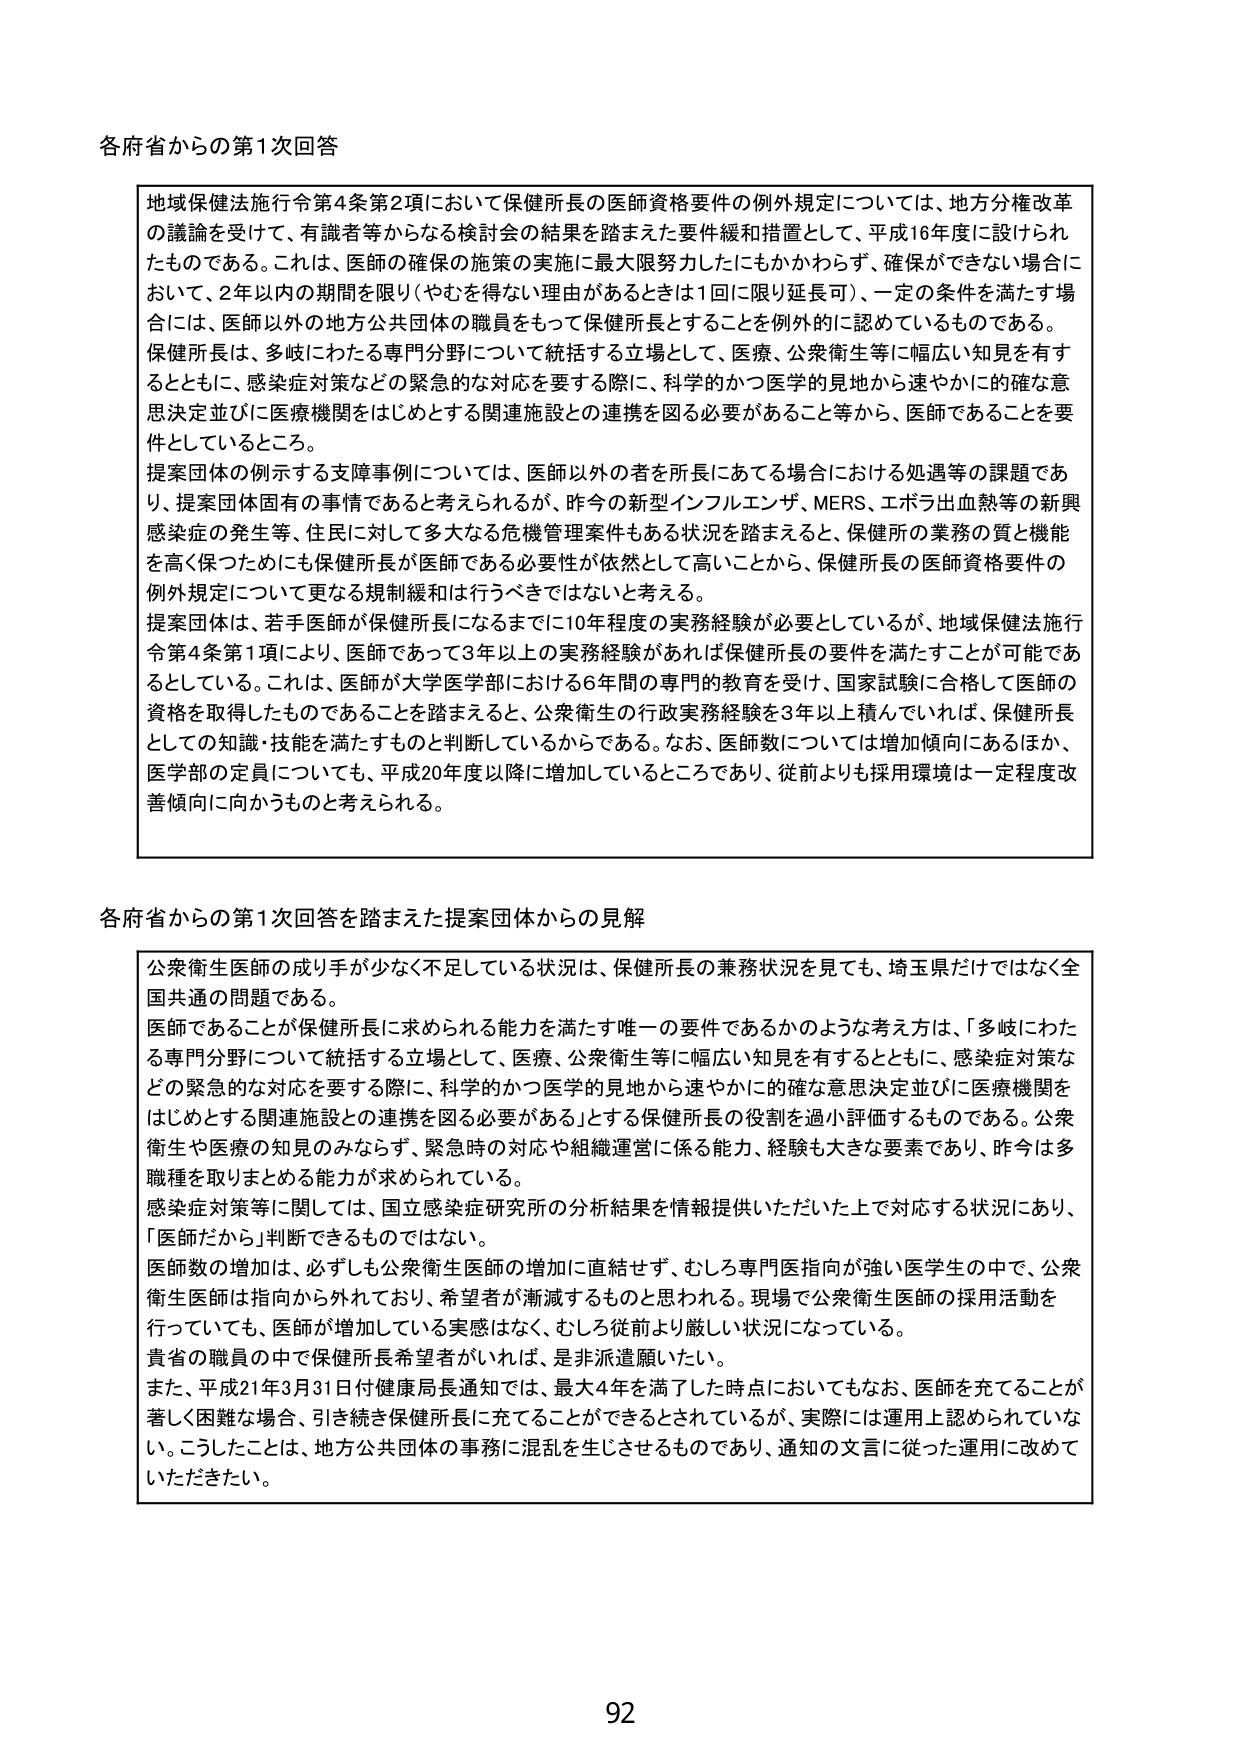
各府省からの第1次回答

地域保健法施行令第4条第2項において保健所長の医師資格要件の例外規定については、地方分権改革の議論を受けて、有識者等からなる検討会の結果を踏まえた要件緩和措置として、平成16年度に設けられたものである。これは、医師の確保の施策の実施に最大限努力したにもかかわらず、確保ができない場合において、2年以内の期間を限り（やむを得ない理由があるときは1回に限り延長可）、一定の条件を満たす場合には、医師以外の地方公共団体の職員をもって保健所長とすることを例外的に認めているものである。保健所長は、多岐にわたる専門分野について統括する立場として、医療、公衆衛生等に幅広い知見を有するとともに、感染症対策などの緊急的な対応を要する際に、科学的かつ医学的見地から速やかに的確な意思決定並びに医療機関をはじめとする関連施設との連携を図る必要があること等から、医師であることを要件としているところ。

提案団体の例示する支援事例については、医師以外の者を所長にあてる場合における処遇等の課題であり、提案団体固有の事情であると考えられるが、昨今の新型インフルエンザ、MERS、エボラ出血熱等の新興感染症の発生等、住民に対して多大なる危機管理案件もある状況を踏まえると、保健所の業務の質と機能を高く保つためにも保健所長が医師である必要性が依然として高いことから、保健所長の医師資格要件の例外規定について更なる規制緩和は行うべきではないと考える。

提案団体は、若手医師が保健所長になるまでに10年程度の実務経験が必要としているが、地域保健法施行令第4条第1項により、医師であって3年以上の実務経験があれば保健所長の要件を満たすことが可能であるとしている。これは、医師が大学医学部における6年間の専門的教育を受け、国家試験に合格して医師の資格を取得したものであることを踏まえると、公衆衛生の行政実務経験を3年以上積んでいれば、保健所長としての知識・技能を満たすものと判断しているからである。なお、医師数については増加傾向にあるほか、医学部の定員についても、平成20年度以降に増加しているところであり、従前よりも採用環境は一定程度改善傾向に向かうものと考えられる。

各府省からの第1次回答を踏まえた提案団体からの見解

公衆衛生医師の成り手が少なく不足している状況は、保健所長の兼務状況を見ても、埼玉県だけではなく全国共通の問題である。

医師であることが保健所長に求められる能力を満たす唯一の要件であるかのような考え方は、「多岐にわたる専門分野について統括する立場として、医療、公衆衛生等に幅広い知見を有するとともに、感染症対策などの緊急的な対応を要する際に、科学的かつ医学的見地から速やかに的確な意思決定並びに医療機関をはじめとする関連施設との連携を図る必要がある」とする保健所長の役割を過小評価するものである。公衆衛生や医療の知見のみならず、緊急時の対応や組織運営に係る能力、経験も大きな要素であり、昨今は多職種を取りまとめる能力が求められている。

感染症対策等に関しては、国立感染症研究所の分析結果を情報提供いただいた上で対応する状況にあり、「医師だから」判断できるものではない。

医師数の増加は、必ずしも公衆衛生医師の増加に直結せず、むしろ専門医指向が強い医学生の中で、公衆衛生医師は指向から外れており、希望者が漸減するものと思われる。現場で公衆衛生医師の採用活動を行っていても、医師が増加している実感はなく、むしろ従前より厳しい状況になっている。

貴省の職員の中で保健所長希望者がいれば、是非派遣願いたい。

また、平成21年3月31日付健康局長通知では、最大4年を満了した時点においてもなお、医師を充てることが著しく困難な場合、引き続き保健所長に充てることができるとはされているが、実際には運用上認められていない。こうしたことは、地方公共団体の事務に混乱を生じさせるものであり、通知の文言に従った運用に改めていただきたい。

92